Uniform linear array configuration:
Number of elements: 8
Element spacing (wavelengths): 0.75
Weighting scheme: hann
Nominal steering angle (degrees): -30
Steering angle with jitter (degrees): -28.815
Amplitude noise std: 0.05
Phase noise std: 0.05

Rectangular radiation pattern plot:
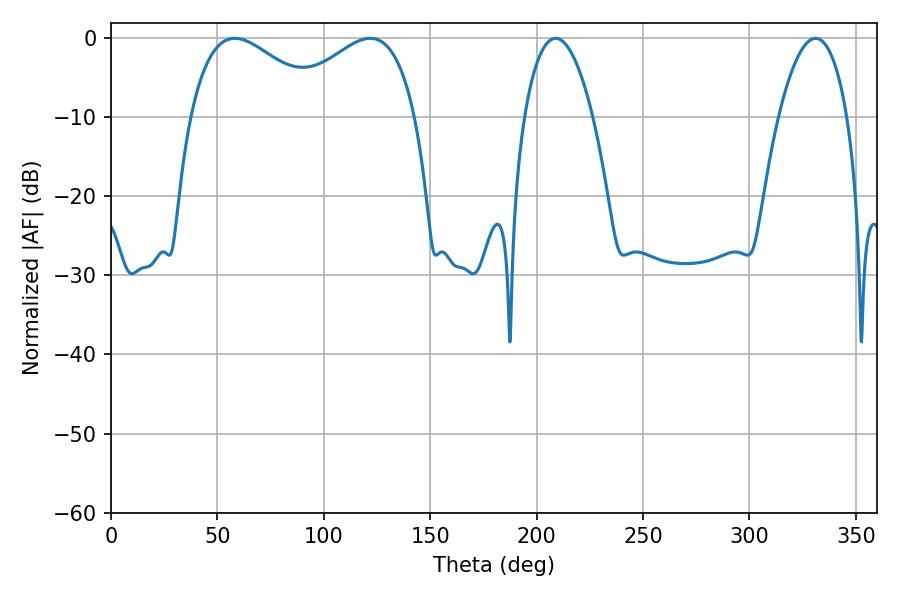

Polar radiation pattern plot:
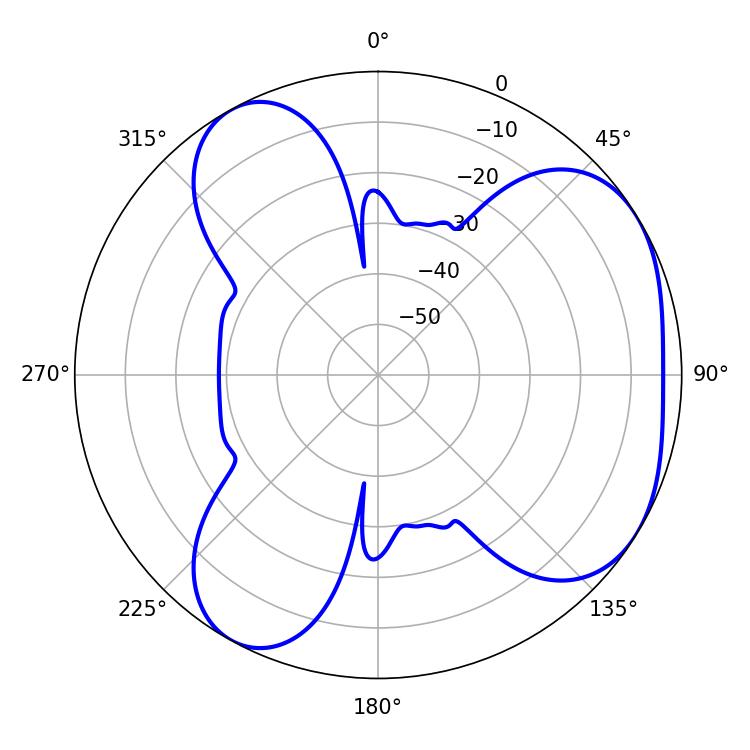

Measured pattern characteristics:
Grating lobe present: TRUE
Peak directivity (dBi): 4.45
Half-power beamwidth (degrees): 34.92
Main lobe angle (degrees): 58.14